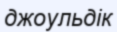
джоульдік